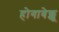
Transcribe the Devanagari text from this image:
होगाबेक्कू